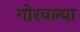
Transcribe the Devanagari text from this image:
गोरवल्या